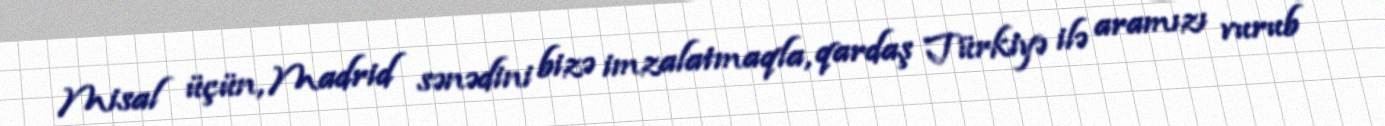
Misal üçün, Madrid sənədini bizə imzalatmaqla, qardaş Türkiyə ilə aramızı vurub